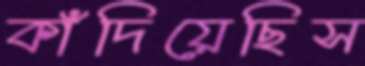
কাঁদিয়েছিস